Lock hospitals Punjab
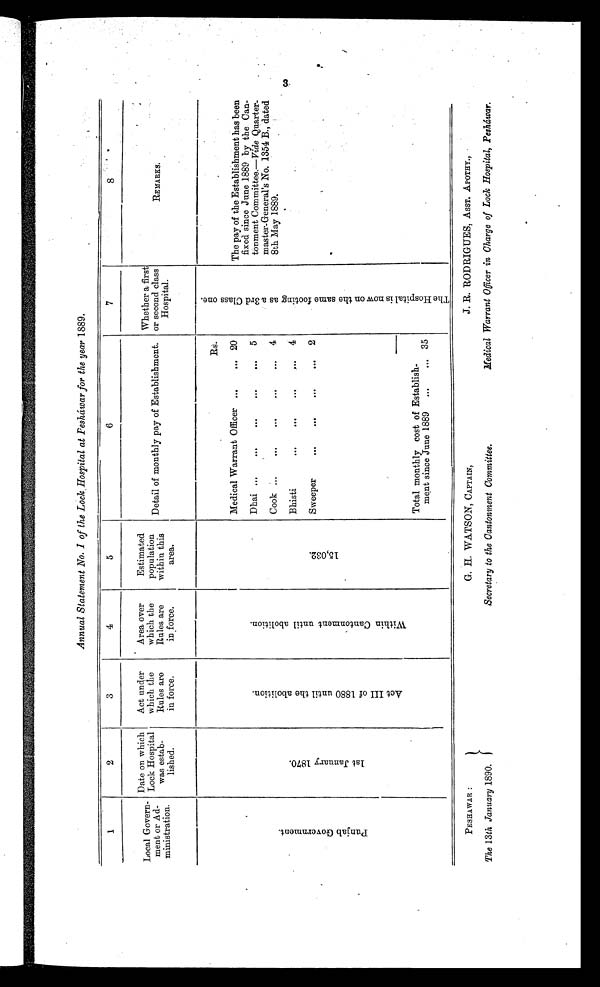
Annual Statement No. 1 of the Lock Hospital at Pesháwar for the year 1889.
1
2
3
4
5
6
7
8
Local Govern-
ment or A d-
ministration.
Date on which
Lock Hospital
was estab-
lished.
Act under
which the
Rules are
in force.
Area over
which the
Rules are
in force.
Estimated
population
within this
area.
Detail of monthly pay of Establishment.
Whether a first
or second class
Hospital.
REMARKS.
P u n j a b G o v e n m e n t .
1 s t J a n u a r y 1 8 7 0 .
A c t I I I o f 1 8 8 0 u n t i l t h e a b o l i t i o n .
W i t h i n C a n t o n m e n t u n t i l a b o l i t i o n .
1 5 , 0 3 2 .
Rs.
T h e H o s p i t a l i s n o w o n t h e s a m e f o o t i n g a s a 3 r d C l a s s o n e .
The pay of the Establishment has been
fixed since June 1889 by the C an-
tonment Committee.— Vide Quarter-
master-General's No. 1354 B., dated
8th May 1889.
Medical Warrant Officer ...
. . . 20
Dhai ...
...
. . .
. . .
...
5
Cook ...
...
. . .
. . .
. . .
4
Bhisti
. . .
. . .
...
. . . 4
Sweeper
. . .
. . .
. . .
. . . 2
Total monthly cost of Establish-
ment since June 1889
...
... 35
3
PESHAWAR:
The 13 th January 1890.
G. H. WATSON, CAPTAIN,
Secretary to the Cantonment Committee.
J. R. RODRIGUES, ASST. APOTHY.,
Medical Warrant Officer in Charge of Lock Hospital, Pesháwar.